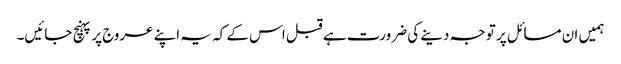
ہمیں ان مسائل پر توجہ دینے کی ضرورت ہے قبل اس کے کہ یہ اپنے عروج پر پہنچ جائیں۔